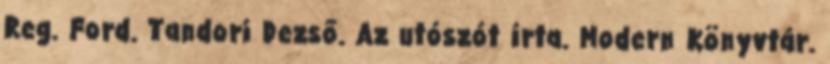
Reg. Ford. Tandori Dezső. Az utószót írta. Modern Könyvtár.